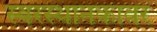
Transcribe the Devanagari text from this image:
स्वरस्थानकावर